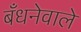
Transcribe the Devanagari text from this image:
बँधनेवाले